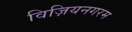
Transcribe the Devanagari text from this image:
विज़ियनगरम